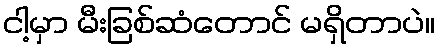
ငါ့မှာ မီးခြစ်ဆံတောင် မရှိတာပဲ။